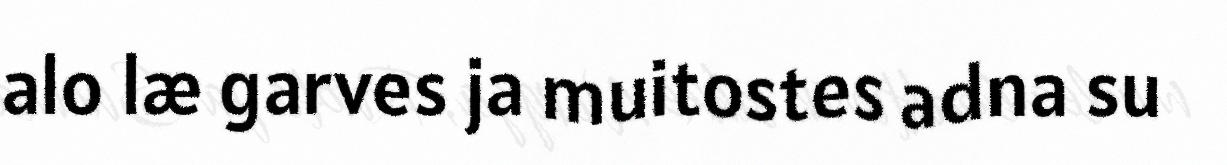
alo læ garves ja muitostes adna su